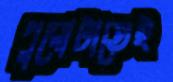
পুরোটাতেই